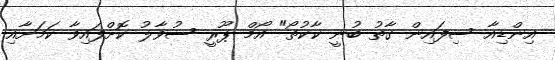
އިންޑިއާ ސިފައިން ގާތު ބުނީ ކާކުތޯ" އޯމް ޕޫރީ ސުވާލު ކޮށްފައިވާ ކަމަށާއި